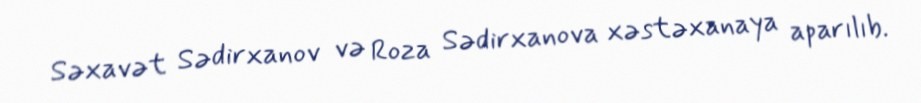
Səxavət Sədirxanov və Roza Sədirxanova xəstəxanaya aparılıb.